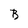
Character: B